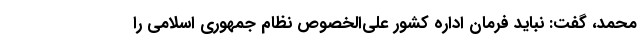
محمد، گفت: نباید فرمان اداره کشور علی‌الخصوص نظام جمهوری اسلامی را